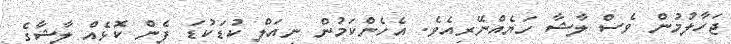
ޖަހާލުމުން ވެސް ލާޝާ ހަޔެއްނޭރިއެވެ. އެހެންކަމުން ނިއަލް ކުޑަކުޑަ ފެން ކޮޅެއް ލާޝާގެ